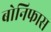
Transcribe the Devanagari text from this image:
बोनिफास